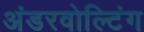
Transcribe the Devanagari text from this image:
अंडरवोल्टिंग